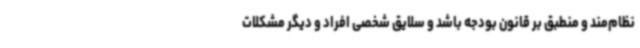
نظام‌مند و منطبق بر قانون بودجه باشد و سلایق شخصی افراد و دیگر مشکلات